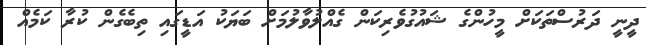
ދީނީ ދަރުސްތަކަށް މީހުންގެ ޝައުގުވެރިކަން ގެއްލުވާލުމަށް ބަޔަކު އަޑީގައި ތިބެގެން ކުރާ ކަމެއް